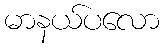
မာနယ်ပလော